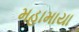
મહામાયા